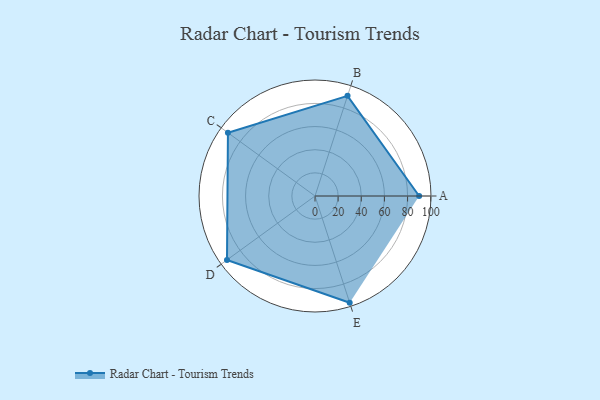
{"axis": {"x": "Skill", "y": "Score"}, "legend": ["Profile"], "data": [{"x": "A", "y": 90.0, "type": "Profile"}, {"x": "B", "y": 91.0, "type": "Profile"}, {"x": "C", "y": 93.0, "type": "Profile"}, {"x": "D", "y": 94.0, "type": "Profile"}, {"x": "E", "y": 97.0, "type": "Profile"}]}